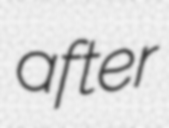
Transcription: after